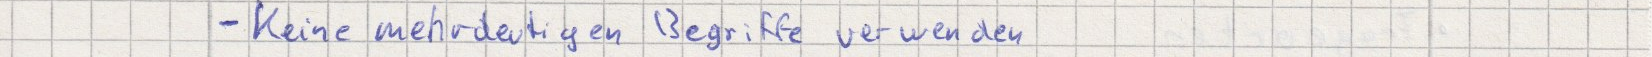
- Keine mehrdeutigen Begriffe verwenden